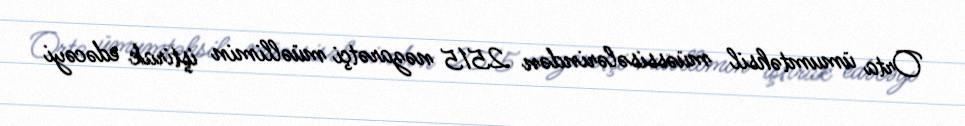
Orta ümumtəhsil müəssisələrindən 2515 nəzarətçi müəllimin iştirak edəcəyi